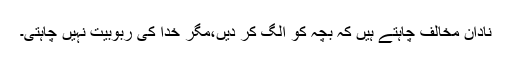
نادان مخالف چاہتے ہیں کہ بچہ کو الگ کر دیں،مگر خدا کی ربوبیت نہیں چاہتی۔